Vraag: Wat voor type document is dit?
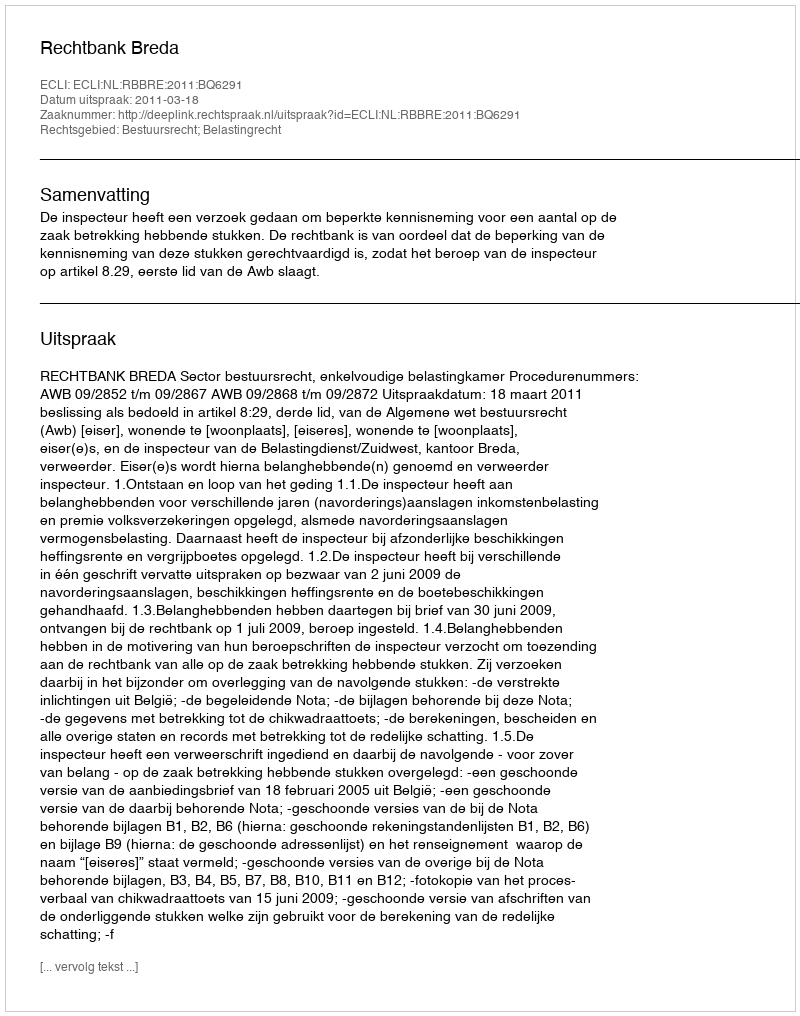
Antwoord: Uitspraak